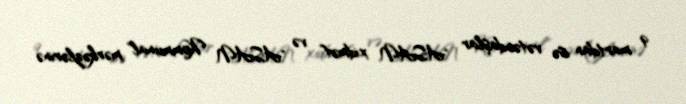
9 martdan isə vətəndaşlar "ASAN xidmət" və "ASAN Kommunal" mərkəzlərinə